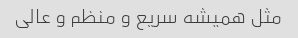
مثل همیشه سریع و منظم و عالی